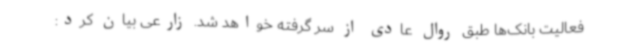
فعالیت بانک‌ها طبق روال عادی از سر گرفته خواهد شد. زارعی بیان کرد: